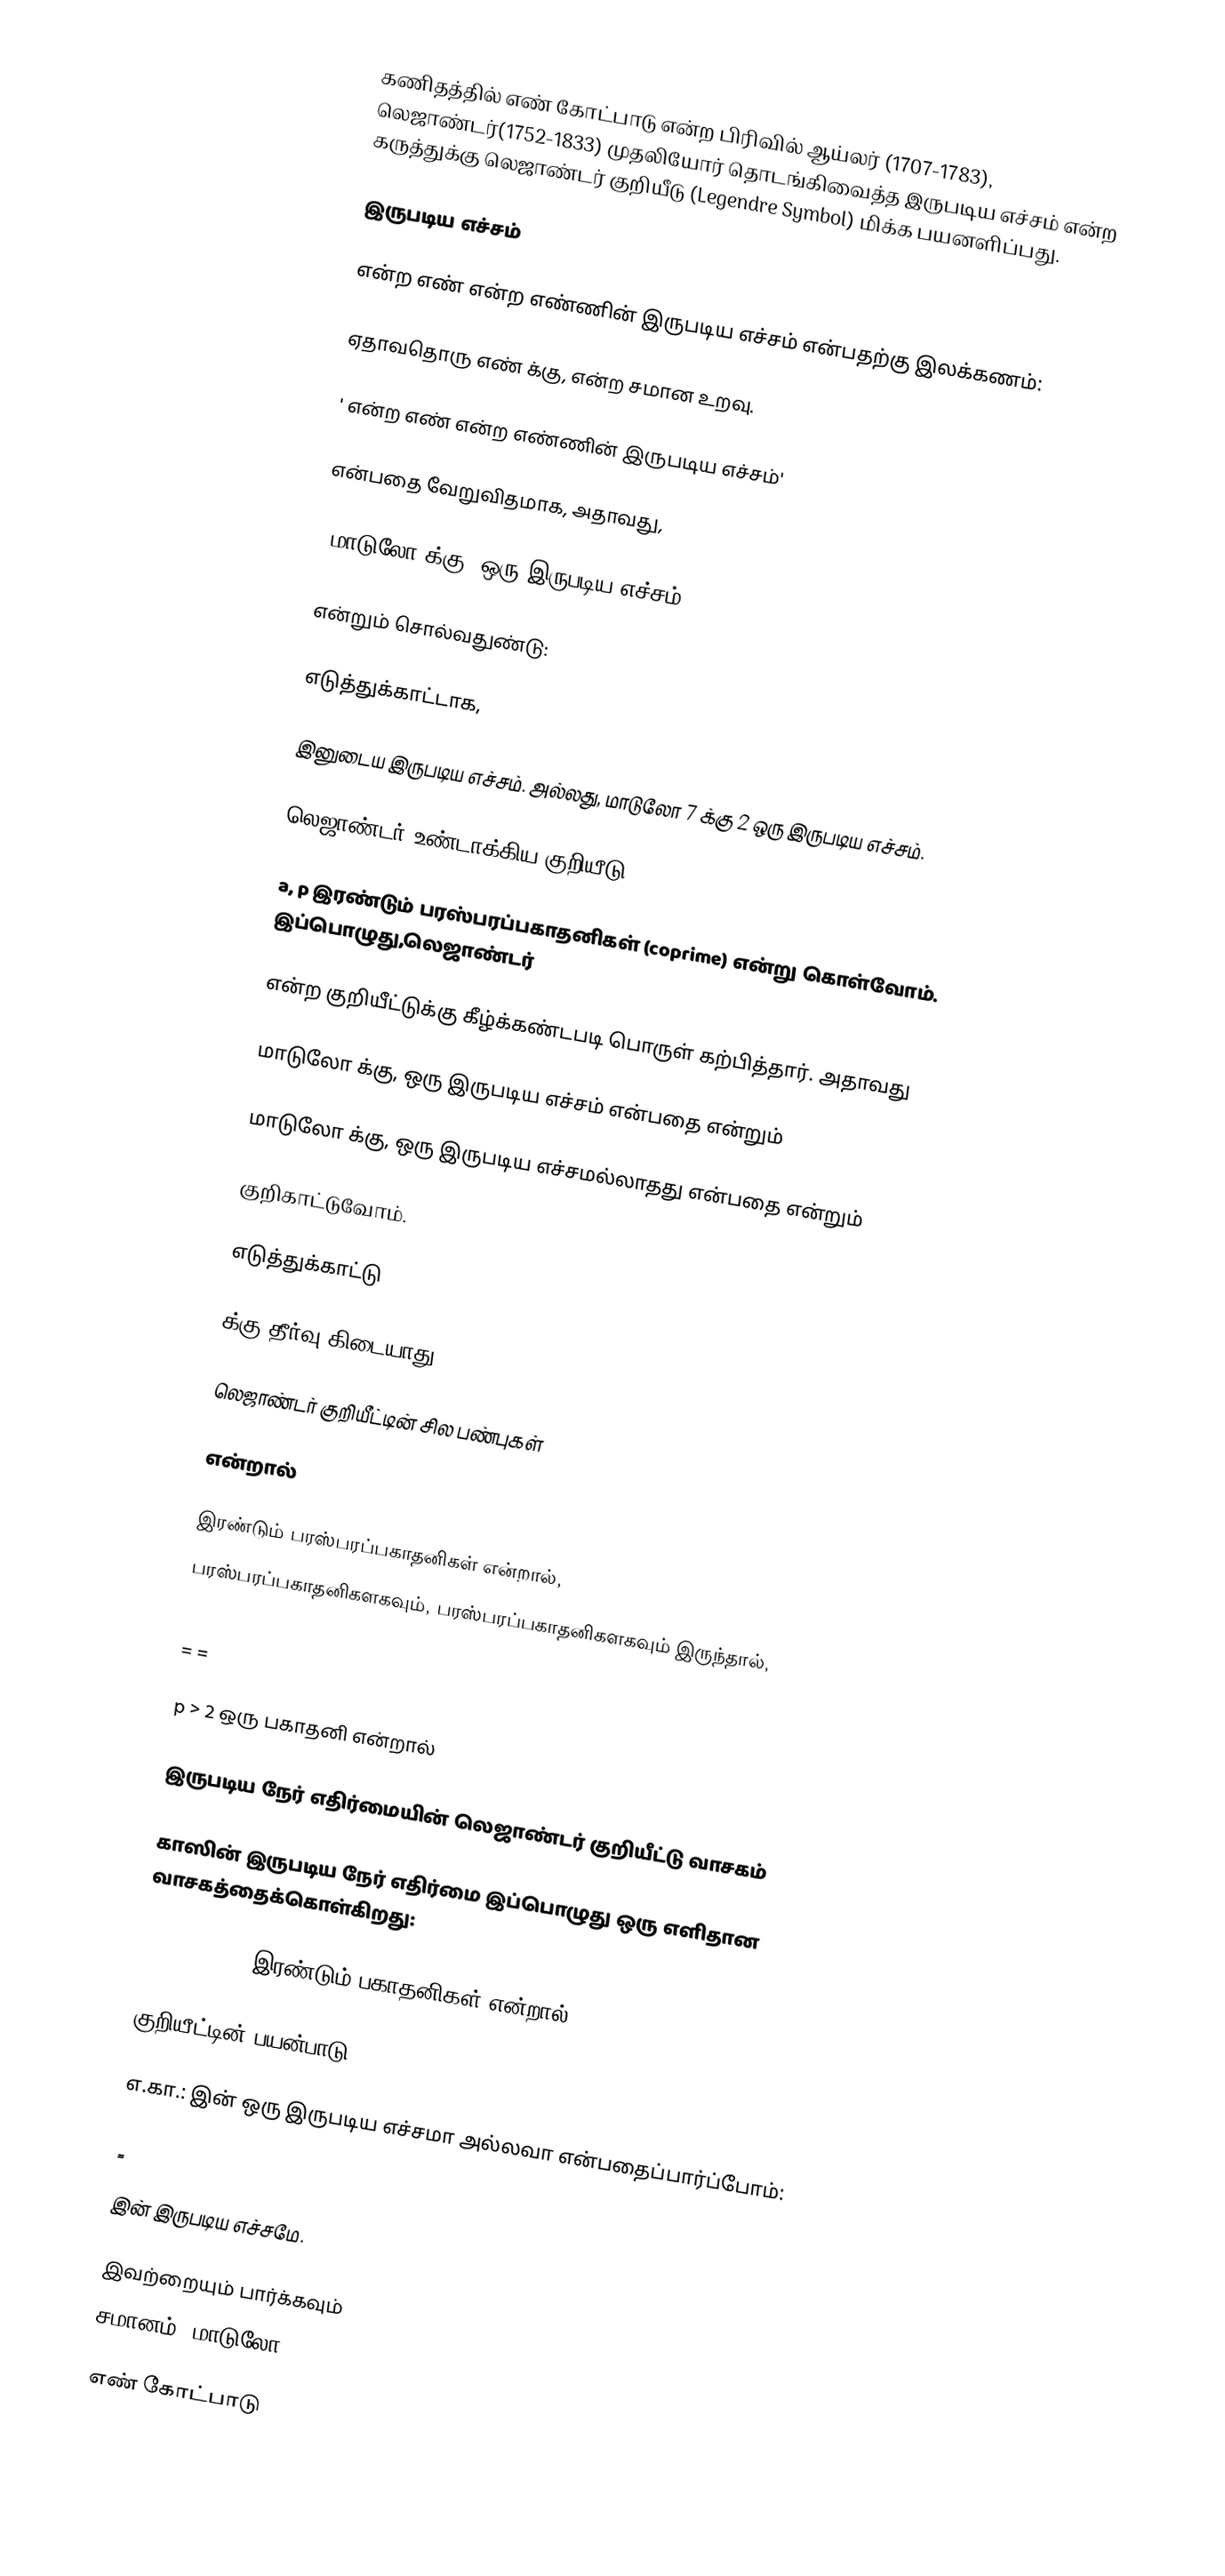
கணிதத்தில் எண் கோட்பாடு என்ற பிரிவில் ஆய்லர் (1707-1783), லெஜாண்டர்(1752-1833) முதலியோர் தொடங்கிவைத்த இருபடிய எச்சம் என்ற கருத்துக்கு லெஜாண்டர் குறியீடு (Legendre Symbol) மிக்க பயனளிப்பது.

இருபடிய எச்சம்

  என்ற எண்  என்ற எண்ணின் இருபடிய எச்சம் என்பதற்கு இலக்கணம்:

 ஏதாவதொரு எண்  க்கு,  என்ற சமான உறவு.

 ' என்ற எண்  என்ற எண்ணின் இருபடிய எச்சம்'

என்பதை வேறுவிதமாக, அதாவது,

 'மாடுலோ  க்கு,  ஒரு இருபடிய எச்சம்'

என்றும் சொல்வதுண்டு:

எடுத்துக்காட்டாக,

  இனுடைய இருபடிய எச்சம். அல்லது, மாடுலோ 7 க்கு 2 ஒரு இருபடிய எச்சம்.

லெஜாண்டர் உண்டாக்கிய குறியீடு

a, p இரண்டும் பரஸ்பரப்பகாதனிகள் (coprime) என்று கொள்வோம். இப்பொழுது,லெஜாண்டர்

என்ற குறியீட்டுக்கு கீழ்க்கண்டபடி பொருள் கற்பித்தார். அதாவது

மாடுலோ  க்கு,  ஒரு இருபடிய எச்சம் என்பதை  என்றும்

மாடுலோ  க்கு,  ஒரு இருபடிய எச்சமல்லாதது என்பதை  என்றும்

குறிகாட்டுவோம்.

எடுத்துக்காட்டு

 க்கு தீர்வு கிடையாது.

லெஜாண்டர் குறியீட்டின் சில பண்புகள்

 என்றால்

  இரண்டும் பரஸ்பரப்பகாதனிகள் என்றால்,
  பரஸ்பரப்பகாதனிகளகவும்,  பரஸ்பரப்பகாதனிகளகவும் இருந்தால்,

  =  =

 p > 2 ஒரு பகாதனி என்றால்

இருபடிய நேர் எதிர்மையின் லெஜாண்டர் குறியீட்டு வாசகம்

காஸின்  இருபடிய நேர் எதிர்மை  இப்பொழுது ஒரு எளிதான வாசகத்தைக்கொள்கிறது:

p > 2, q > 2 இரண்டும் பகாதனிகள் என்றால்,

குறியீட்டின் பயன்பாடு

எ.கா.:  இன் ஒரு இருபடிய எச்சமா அல்லவா என்பதைப்பார்ப்போம்:

=

 இன் இருபடிய எச்சமே.

இவற்றையும் பார்க்கவும்
சமானம், மாடுலோ n

எண் கோட்பாடு